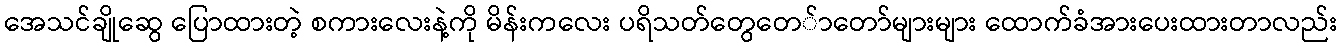
အေသင်ချိုဆွေ ပြောထားတဲ့ စကားလေးနဲ့ကို မိန်းကလေး ပရိသတ်တွေတေ်ာတော်များများ ထောက်ခံအားပေးထားတာလည်း